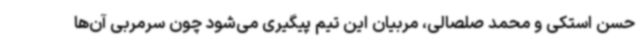
حسن استکی و محمد صلصالی، مربیان این تیم پیگیری می‌شود چون سرمربی آن‌ها